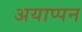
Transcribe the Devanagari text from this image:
अयाप्पन